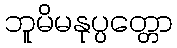
ဘူမိမနုပ္ပတ္တော